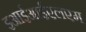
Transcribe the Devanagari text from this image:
इआईआईएलएम